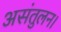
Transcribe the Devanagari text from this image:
असंतुलन।